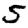
Digit: 5